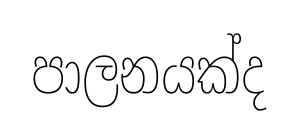
පාලනයක්ද